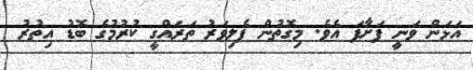
އަޅަން ވަނީ ފަށާފަ އެވެ. މިގޮތުން ފެލިވަރު ތަރައްގީ ކުރުމުގެ ބޮޑު އިތުރު